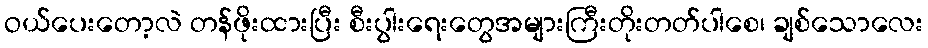
ဝယ်ပေးတော့လဲ တန်ဖိုးထားပြီး စီးပွါးရေးတွေအများကြီးတိုးတတ်ပါစေ၊ ချစ်သောလေး